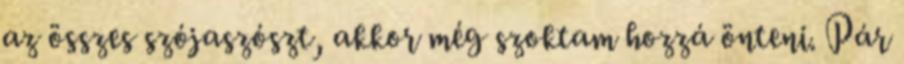
az összes szójaszószt, akkor még szoktam hozzá önteni. Pár